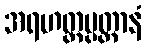
အရဟတ္တပ္ပတ္တာနံ